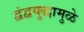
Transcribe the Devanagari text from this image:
द्वंद्वयुद्धामुळे